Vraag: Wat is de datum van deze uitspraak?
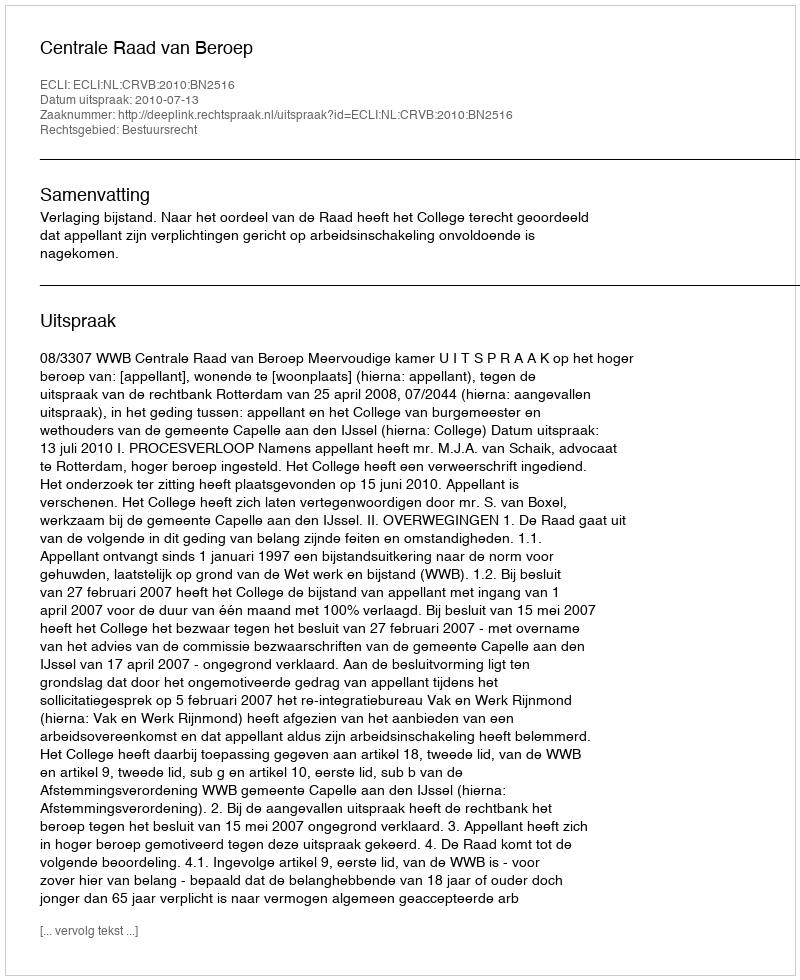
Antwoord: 2010-07-13